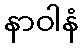
နာဝါနံ